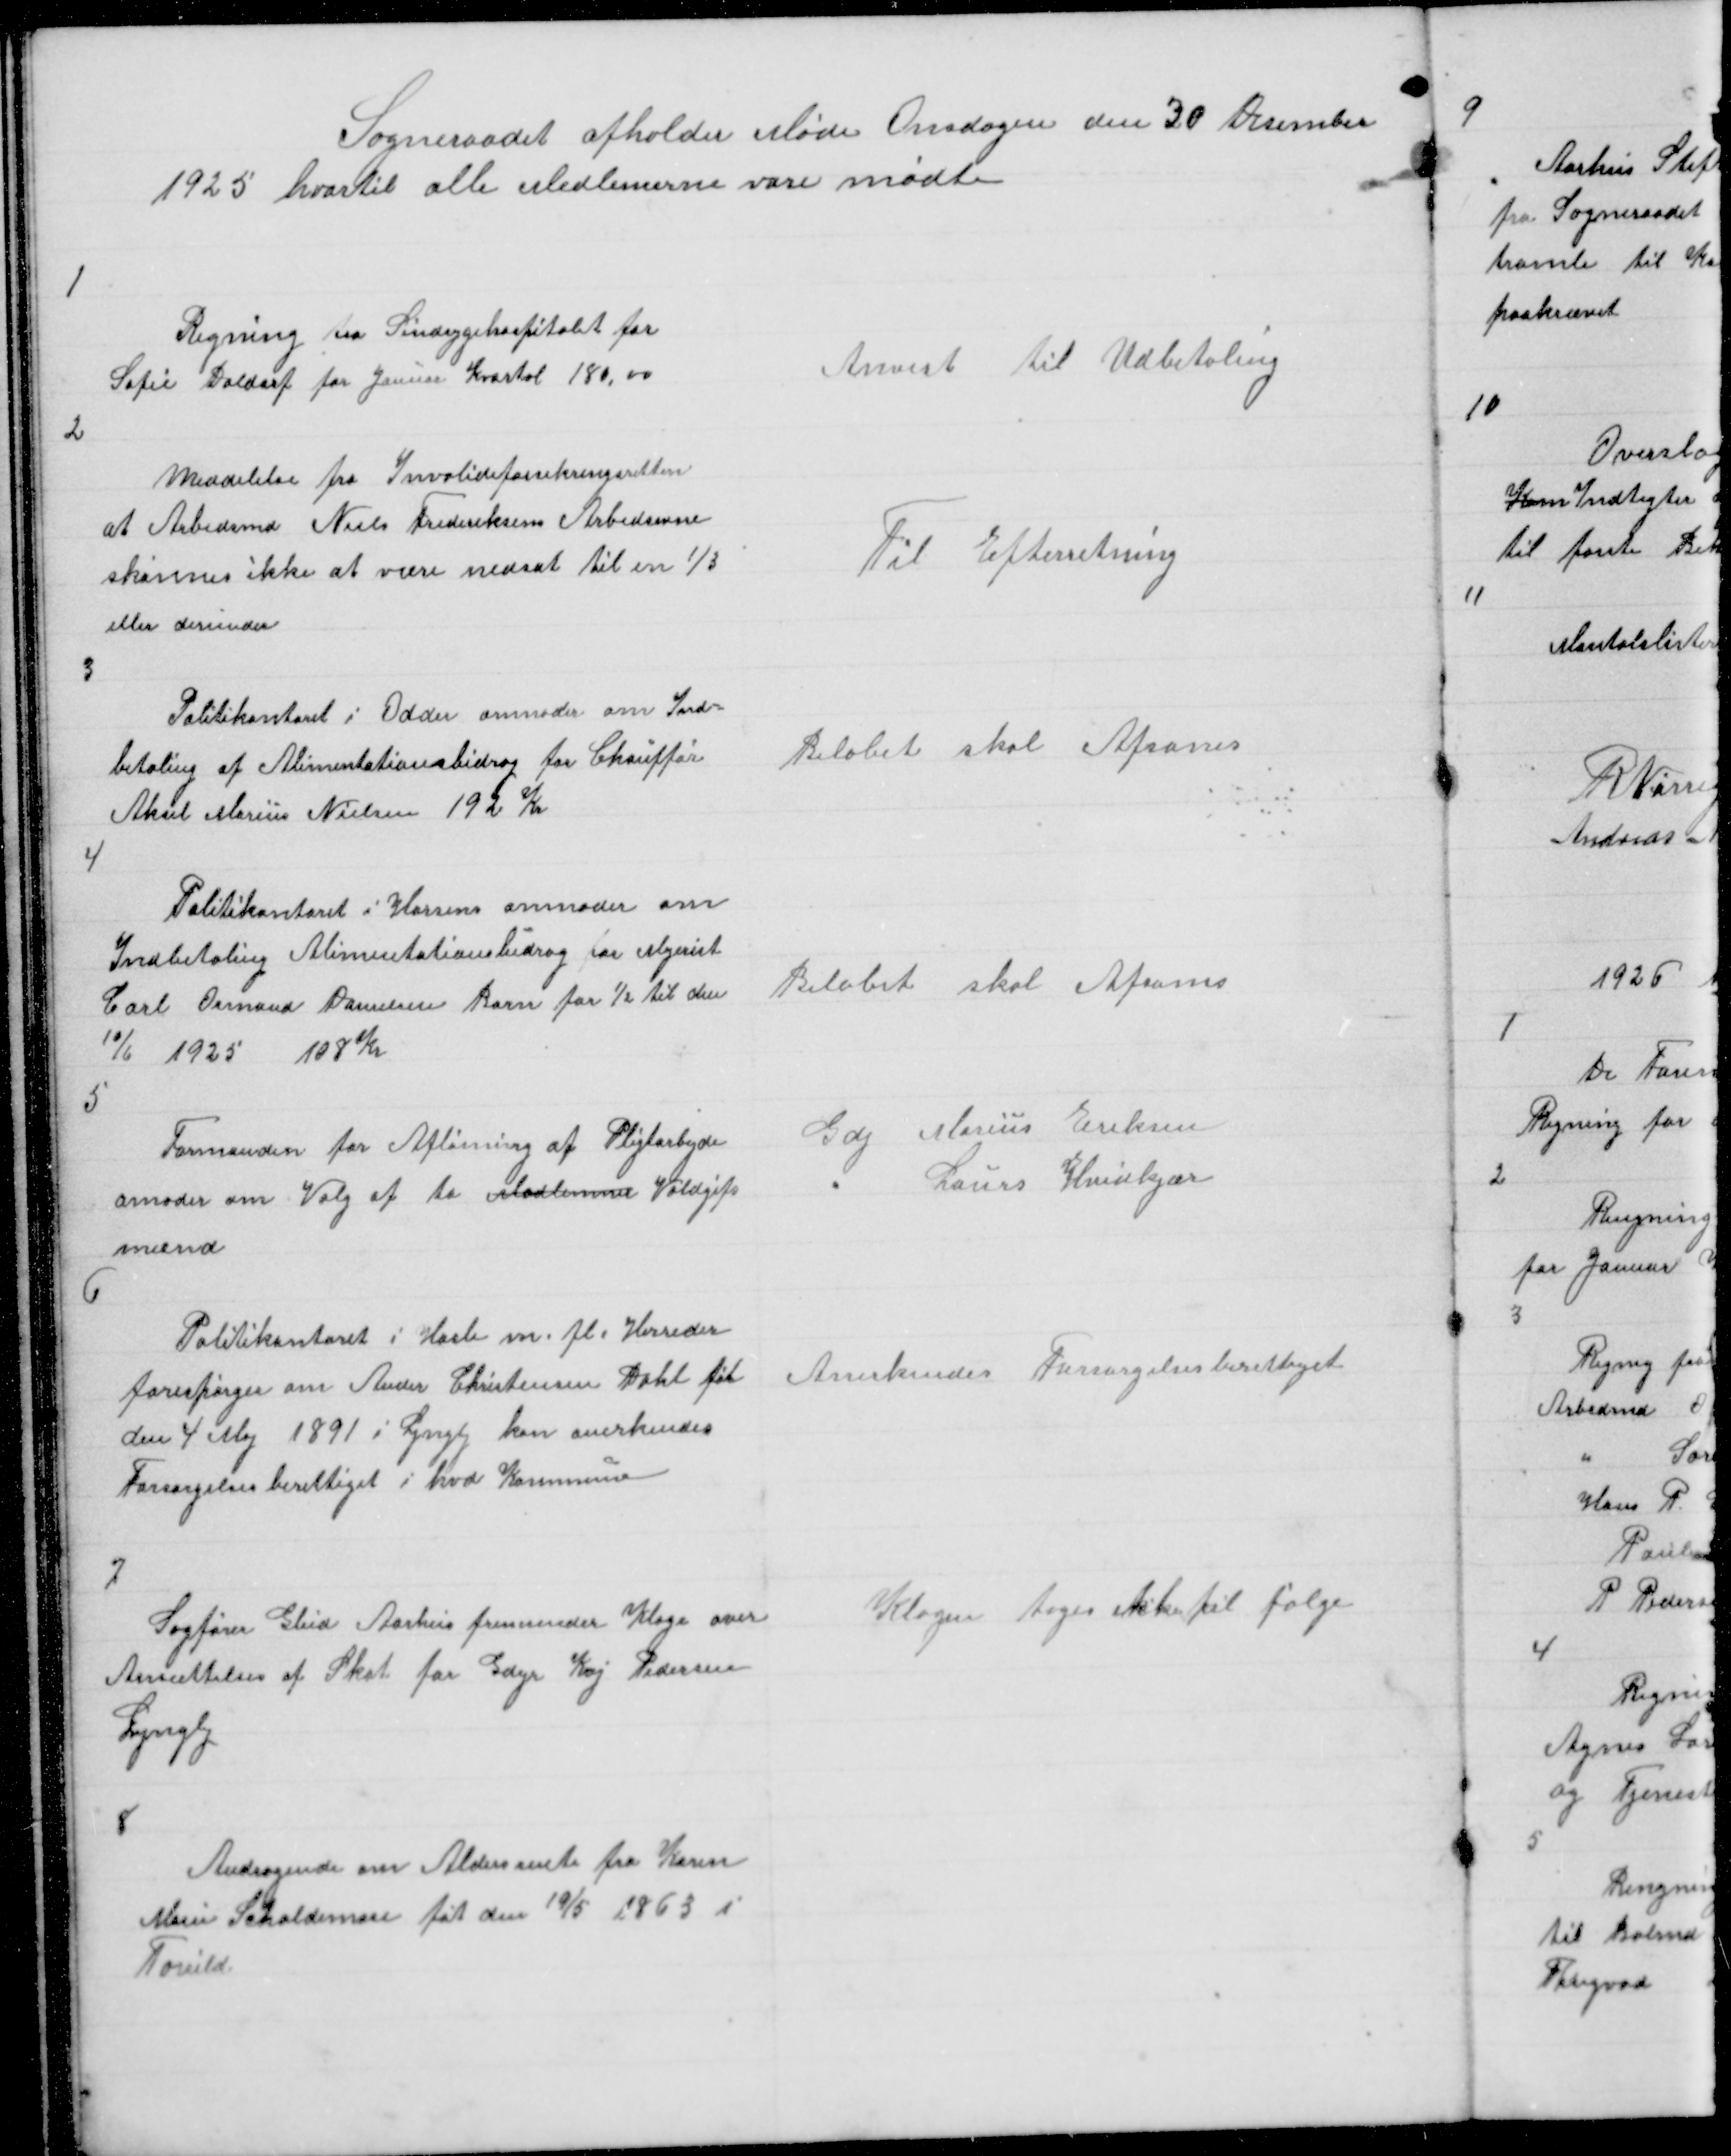
Transskription:
Sogneraadet afholder Møde Onsdagen den 30 Desember
1925 hvortil alle Medlemerne vare mødte

1

Regning fra Sindsygehospitalet for
Sofie Daldorf for januar Kvartal 180,00

Anvist til Udbetaling

2

Meddelelse fra Invalideforsikringsretten
at Arbedsmd Niels Frederiksens Arbedsevne
skønnes ikke at være nedsat til en 1/3
eller derunder

Til Efterretning

3

Politikontoret i Odder anmoder om Ind =
betaling af Alimentationsbidrag for Chauffør
Aksel Marius Nielsen 192 Kr

Beløbet skal Afsones

4

Politikontoret i Horsens anmoder om
Indbetaling Alimentationsbidrag for Mejerist
Carl Osmand Danielsen Barn for ½ til den
10/6 1925 108 Kr

Beløbet skal Afsones

5

Formanden for Aflønning af Pligtarbejde
amoder om Valg af to Medlemer Voldgifts
mænd

Gdj Marius Eriksen
"
Laurs Hvidkjær

6

Politikontoret i Hasle m.fl. Herreder
forespørger om Ander Christensen Dahl føt
den 4 maj 1891 i Lyngby kan anerkendes
Forsørgelsesberettiget i hvd Kommune

Anerkendes Forsørgelsesberettiget

7

Sagfører Glud Aarhus fremsender Klage over
Ansættelsen af Skat for Gdjr Kaj Pedersen
Lyngby

Klagen tages ikke til følge

8

Andragende om Aldersrente fra Karen
Marie Schaldemose føt 19/5 1863 i
Torrild